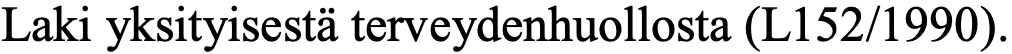
Laki yksityisestä terveydenhuollosta (L152/1990).